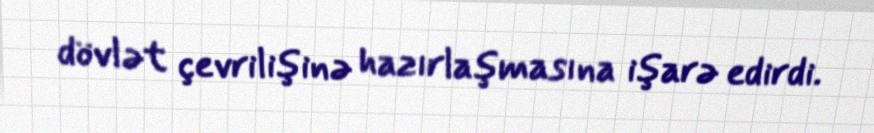
dövlət çevrilişinə hazırlaşmasına işarə edirdi.